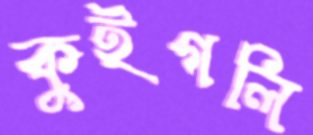
কুইগলি